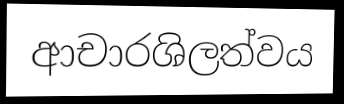
ආචාරශිලත්වය